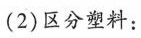
（2)区分塑料: